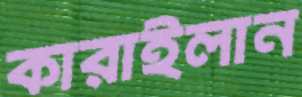
কারাইলান